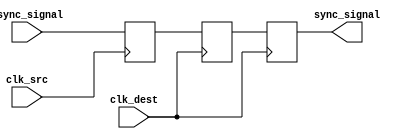
module triple_ff_synchronizer (
    input wire async_signal,  // Input signal to be synchronized
    input wire clk_src,       // Clock signal of the source domain
    input wire clk_dest,      // Clock signal of the destination domain
    output reg sync_signal     // Synchronized output signal
);

    // Internal signals for the flip-flops
    reg ff1_out;  // Output of the first flip-flop
    reg ff2_out;  // Output of the second flip-flop

    // First flip-flop (FF1) - Captured on the source clock
    always @(posedge clk_src) begin
        ff1_out <= async_signal;
    end

    // Second flip-flop (FF2) - Captured on the destination clock
    always @(posedge clk_dest) begin
        ff2_out <= ff1_out;
    end

    // Third flip-flop (FF3) - Captured on the destination clock
    always @(posedge clk_dest) begin
        sync_signal <= ff2_out;
    end

endmodule